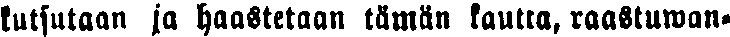
kutsutaan ja haastetaan tämän kautta, raastuwan-